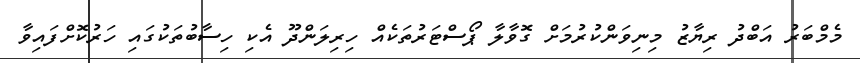
މެމްބަރު އަބްދު ރިޔާޒު މިނިވަންކުރުމަށް ގޮވާލާ ޕޯސްޓަރުތަކެއް ހިރިލަންދޫ އެކި ހިސާބުތަކުގައި ހަރުކޮށްފައިވާ